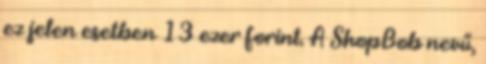
ez jelen esetben 13 ezer forint. A ShopBob nevű,